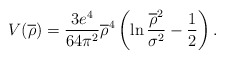
\begin{align*}V(\overline{\rho})=\frac{3e^{4}}{64\pi^{2}}\overline{\rho}^{4}\left(\ln\frac{\overline{\rho}^{2}}{\sigma^{2}}-\frac{1}{2}\right).\end{align*}